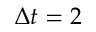
\Delta t = 2